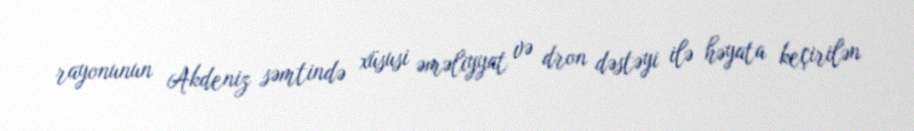
rayonunun Akdeniz səmtində xüsusi əməliyyat və dron dəstəyi ilə həyata keçirilən